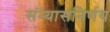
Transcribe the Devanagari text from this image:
संन्यासनिर्णय